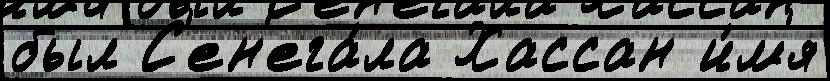
был С'ен'ега́ла Хассан и́м'я